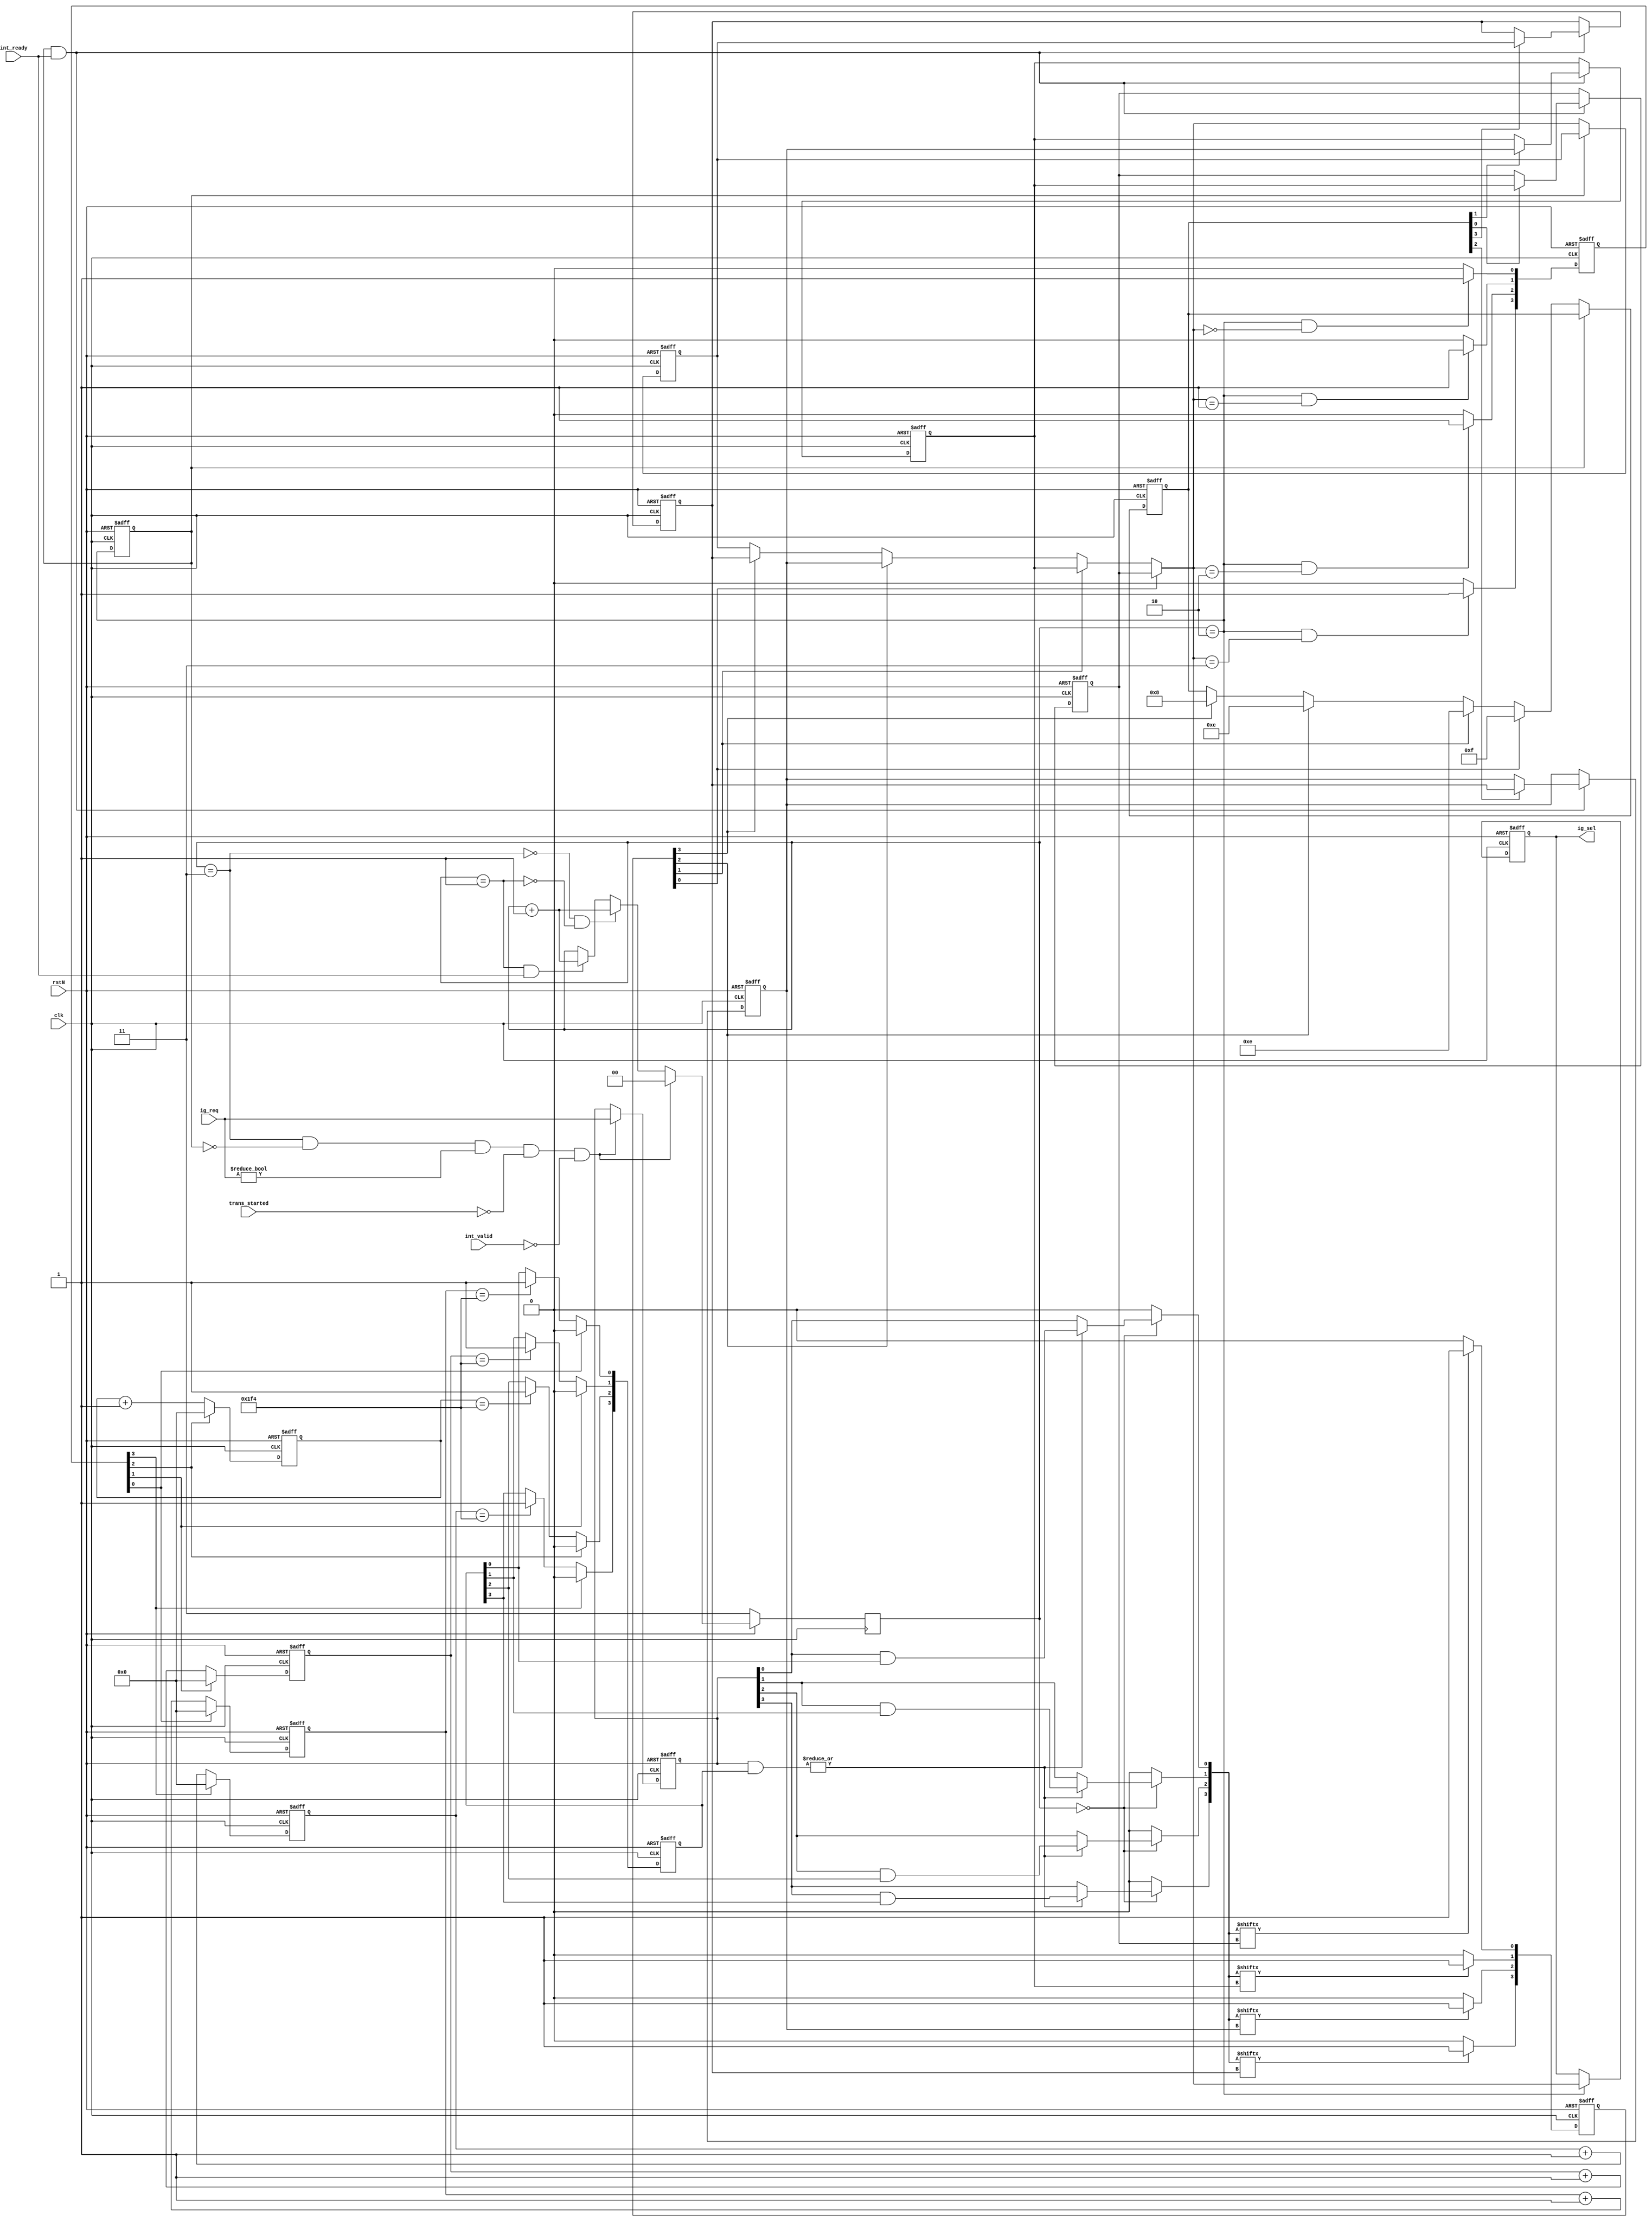
//---------------------------------------------------------------------------//
//                                                                           //
//  Module:  arbiter                                                         //
//                                                                           //
//  Version: 13 July 2006                                                    //
//---------------------------------------------------------------------------//

//************************************************************************
//
//  Copyright (C) 2017 Cadence Design Systems, Inc. All Rights
//  Reserved.  Unpublished -- rights reserved under the copyright laws of
//  the United States.
//
//  The content of this file is owned by Jasper Design Automation, Inc.
//  and may be used only as authorized in the license agreement
//  controlling such use. No part of these materials may be reproduced,
//  transmitted, or translated, in any form or by any means, electronic,
//  mechanical, manual, optical, or otherwise, without prior written
//  permission of Jasper Design Automation, or as expressly provided by
//  the license agreement. These materials are for information and
//  instruction purposes.
//
//  For technical assistance please send email to support@jasper-da.com.
//
// ***********************************************************************

`define HI_PRI_CNT 9'd500

module arbiter (
  clk, rstN,
  int_ready,
  int_valid,
  trans_started,
  ig_req,
  ig_sel
);

input  clk, rstN;	         // Clock and reset (active low)
input  int_ready;
input  int_valid;
input  trans_started;
input  [3:0] ig_req;
output [1:0] ig_sel;

// Request for all ports
wire [3:0] req;

// When the arbiter is ready to sample the next request
wire sample_transfer_ready;
wire sample_ready;

// Generated sample timer counter
reg [1:0] sample_timer_cnt;
// Sampling signals based on sampling counter
wire sample_hipri;
wire sample_pgrant;
wire sample_grant;

// Enable for round-robin shift register
reg last_phase;

// Sampled request until grant
reg [3:0] req_r;

// Counters to increase priority when duration since the last transfer
// from respective port reaches HI_PRI_CNT limit
reg [8:0] port_idle_cnt0;
reg [8:0] port_idle_cnt1;
reg [8:0] port_idle_cnt2;
reg [8:0] port_idle_cnt3;

// High priority level
reg [3:0] hi_pri;

// Determine round-robin port
reg [3:0] shift;
// Delayed version of shift
reg [3:0] shift_d;

// Current port for grant
reg [1:0] current_port;
// Next port for grant
reg [1:0] next_port;

// Req based on port idle priority
wire [3:0] pri_req;

// Round-robin priority of each port
reg [1:0] sel0;
reg [1:0] sel1;
reg [1:0] sel2;
reg [1:0] sel3;

// Output of the round-robin port selector
reg [3:0] req_rr;
// Delayed version of req_rr
reg [3:0] req_rr_d;

// Generate grant
reg [3:0] gnt;

// Generate port select for control/address/data
reg [1:0] ig_sel;

assign req = ig_req;

assign sample_transfer_ready = sample_ready & ~last_phase
                              & (req != 4'b0) & ~trans_started
                              & ~int_valid;

always @(posedge clk) begin
  if (!rstN)                      sample_timer_cnt <= 2'd3;
  else if (sample_transfer_ready) sample_timer_cnt <= 2'd0;
  else if (~sample_ready && ~sample_pgrant)
                                  sample_timer_cnt <= sample_timer_cnt + 2'd1;
  else if (sample_pgrant && int_ready)
                                  sample_timer_cnt <= sample_timer_cnt + 2'd1;
end

assign sample_hipri  = (sample_timer_cnt == 2'd0); // Check high priority
assign sample_pgrant = (sample_timer_cnt == 2'd1); // Cycle before grant
assign sample_grant  = (sample_timer_cnt == 2'd2); // Generate grant
assign sample_ready  = (sample_timer_cnt == 2'd3); // Grant issued

always @(posedge clk or negedge rstN) begin
  if (!rstN) last_phase <= 1'b0;
  else       last_phase <= sample_grant;
end

always @(posedge clk or negedge rstN) begin
  if (!rstN)                      req_r <= 4'b0000;
  else if (sample_transfer_ready) req_r <= req;
end

always @(posedge clk or negedge rstN) begin
  if (!rstN) begin
    port_idle_cnt0 <= 9'b0;
    port_idle_cnt1 <= 9'b0;
    port_idle_cnt2 <= 9'b0;
    port_idle_cnt3 <= 9'b0;
    hi_pri <= 4'b0;
  end
  else begin
    if(gnt[0]) begin
      hi_pri[0] <= 1'b0;
      port_idle_cnt0 <= 9'b0;
    end
    else begin
      if (port_idle_cnt0 == `HI_PRI_CNT) hi_pri[0] <= 1'b1;
      port_idle_cnt0 <= port_idle_cnt0 + 9'b1;
    end
    if(gnt[1]) begin
      hi_pri[1] <= 1'b0;
      port_idle_cnt1 <= 9'b0;
    end
    else begin
      if (port_idle_cnt1 == `HI_PRI_CNT) hi_pri[1] <= 1'b1;
      port_idle_cnt1 <= port_idle_cnt1 + 9'b1;
    end
    if(gnt[2]) begin
      hi_pri[2] <= 1'b0;
      port_idle_cnt2 <= 9'b0;
    end
    else begin
      if (port_idle_cnt2 == `HI_PRI_CNT) hi_pri[2] <= 1'b1;
      port_idle_cnt2 <= port_idle_cnt2 + 9'b1;
    end
    if(gnt[3]) begin
      hi_pri[3] <= 1'b0;
      port_idle_cnt3 <= 9'b0;
    end
    else begin
      if (port_idle_cnt3 == `HI_PRI_CNT) hi_pri[3] <= 1'b1;
      port_idle_cnt3 <= port_idle_cnt3 + 9'b1;
    end
  end
end

wire hipri_req = |(req_r & hi_pri);
		
assign pri_req[0] = sample_hipri ?
  (hipri_req ? (req_r[0] & hi_pri[0]) : req_r[0]) : 1'b0;
assign pri_req[1] = sample_hipri ?
  (hipri_req ? (req_r[1] & hi_pri[1]) : req_r[1]) : 1'b0;
assign pri_req[2] = sample_hipri ?
  (hipri_req ? (req_r[2] & hi_pri[2]) : req_r[2]) : 1'b0;
assign pri_req[3] = sample_hipri ?
  (hipri_req ? (req_r[3] & hi_pri[3]) : req_r[3]) : 1'b0;

always @(sel0 or sel1 or sel2 or sel3 or pri_req) begin
  if (pri_req[sel0]) req_rr[0] = 1'b1;
  else               req_rr[0] = 1'b0;
  if (pri_req[sel1]) req_rr[1] = 1'b1;
  else               req_rr[1] = 1'b0;
  if (pri_req[sel2]) req_rr[2] = 1'b1;
  else               req_rr[2] = 1'b0;
  if (pri_req[sel3]) req_rr[3] = 1'b1;
  else               req_rr[3] = 1'b0;
end

wire [3:0] rr_shift = shift_d;

always @(posedge clk or negedge rstN) begin
  if (!rstN) req_rr_d <= 4'b0000;
  else       req_rr_d <= req_rr;
end

always @(posedge clk or negedge rstN) begin
  if (!rstN)            current_port <= 2'b00;
  else if (!last_phase) current_port <= next_port;
end

always @(sel0 or sel1 or sel2 or sel3 or current_port or req_rr_d) begin
  if      (req_rr_d[0]) next_port = sel0;
  else if (req_rr_d[1]) next_port = sel1;
  else if (req_rr_d[2]) next_port = sel2;
  else if (req_rr_d[3]) next_port = sel3;
  else                  next_port = current_port;
end

always @(posedge clk or negedge rstN) begin
  if (!rstN)            shift_d <= 4'h0;
  else if (!last_phase) shift_d <= shift;
end

always @(shift_d or req_rr_d) begin
  if      (req_rr_d[0]) shift[3:0] = 4'b1111;
  else if (req_rr_d[1]) shift[3:0] = 4'b1110;
  else if (req_rr_d[2]) shift[3:0] = 4'b1100;
  else if (req_rr_d[3]) shift[3:0] = 4'b1000;
  else                  shift[3:0] = shift_d;
end

always @(posedge clk or negedge rstN) begin
  if (!rstN) begin
                     sel0 <= 2'b00;
                     sel1 <= 2'b01;
                     sel2 <= 2'b10;
                     sel3 <= 2'b11;
  end
  else if (last_phase && int_ready) begin
    if (rr_shift[0]) sel0 <= sel1;
    if (rr_shift[1]) sel1 <= sel2;
    if (rr_shift[2]) sel2 <= sel3;
    if (rr_shift[3]) sel3 <= current_port;
  end
end

always @(posedge clk or negedge rstN) begin
  if (!rstN) gnt <= 4'b0000;
  else begin
    if (sample_grant & (next_port == 2'b00))
             gnt[0] <= 1'b1;
    else     gnt[0] <= 1'b0;
    if (sample_grant & (next_port == 2'b01))
             gnt[1] <= 1'b1;
    else     gnt[1] <= 1'b0;
    if (sample_grant & (next_port == 2'b10))
             gnt[2] <= 1'b1;
    else     gnt[2] <= 1'b0;
    if (sample_grant & (next_port == 2'b11))
             gnt[3] <= 1'b1;
    else     gnt[3] <= 1'b0;
  end
end

always @(posedge clk or negedge rstN) begin
  if (!rstN) ig_sel <= 2'b00;
  else begin
    if (sample_grant) ig_sel <= next_port;
  end
end

endmodule // arbiter